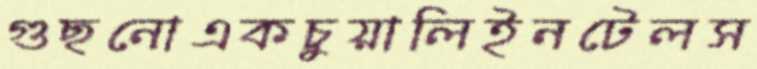
গুছনোএকচুয়ালিইনটেলস